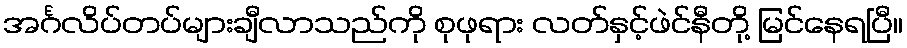
အင်္ဂလိပ်တပ်များချီလာသည်ကို စုဖုရား လတ်နှင့်ဖဲင်နီတို့ မြင်နေရပြီ။